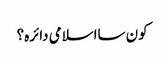
کون سااسلامی دائرہ؟